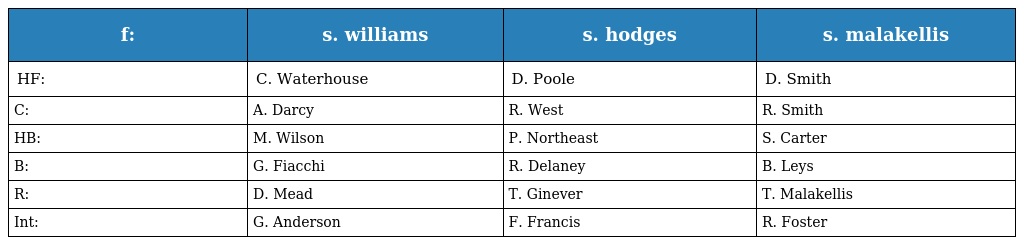
| f: | s. williams | s. hodges | s. malakellis |
 | --- | --- | --- | --- |
 | HF: | C. Waterhouse | D. Poole | D. Smith |
 | C: | A. Darcy | R. West | R. Smith |
 | HB: | M. Wilson | P. Northeast | S. Carter |
 | B: | G. Fiacchi | R. Delaney | B. Leys |
 | R: | D. Mead | T. Ginever | T. Malakellis |
 | Int: | G. Anderson | F. Francis | R. Foster |